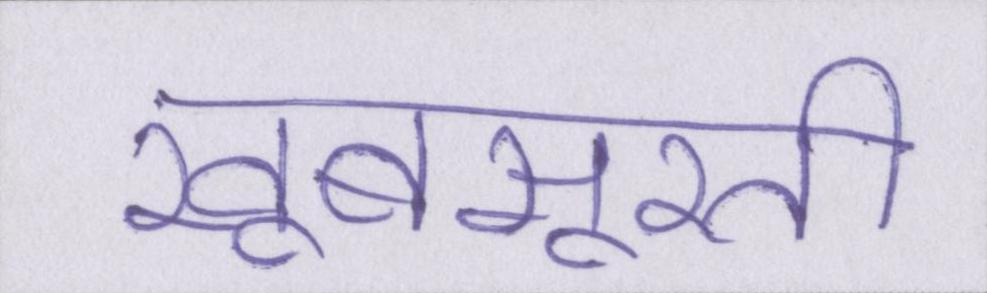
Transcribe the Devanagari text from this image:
खूबसूरती